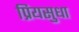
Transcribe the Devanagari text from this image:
प्रियसुधा